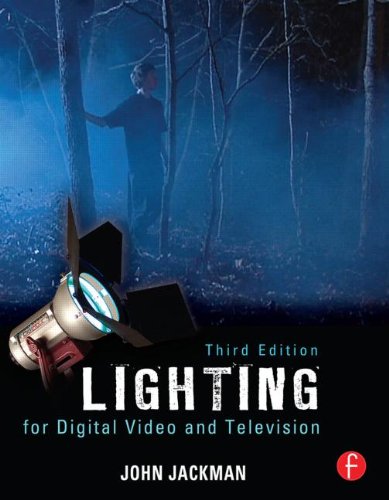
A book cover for Lighting for Digital Video and Television; John Jackman; Humor & Entertainment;